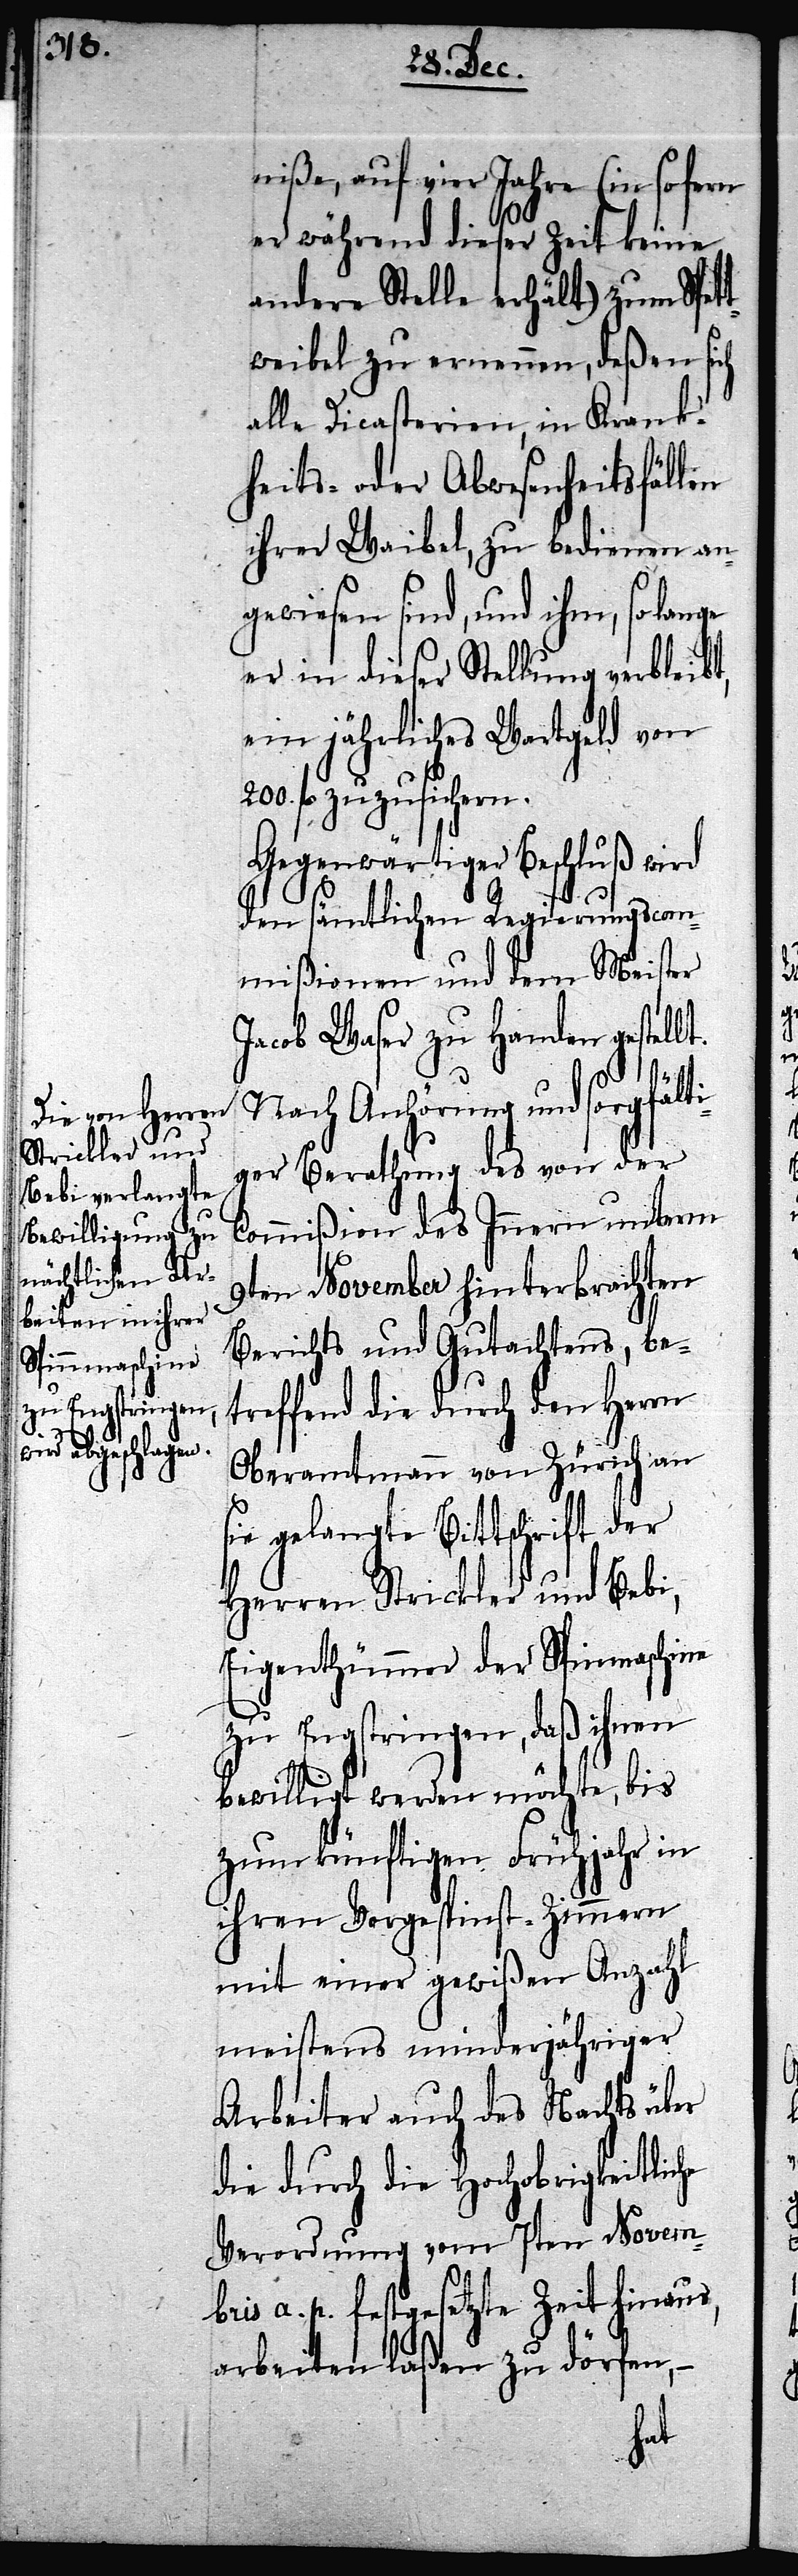
200.

niße, auf vier Jahre (in so fern
er während dieser Zeit keine
andere Stelle erhält) zum Spet¬
tweibel zu ernennen, deßen sich
alle Dicasterien, in Krank¬
heits- oder Abwesenheitsfällen
ihrer Waibel, zu bedienen an¬
gewiesen sind, und ihm, so lange
er in dieser Stellung verbleibt,
ein jährliches Wartgeld von
fl. zuzusichern.
Gegenwärtiger Beschluß wird
den sämtlichen Regierungscom¬
mißionen und dem Meister
Jacob Waser zu Handen gestellt.
Nach Anhörung und sorgfälti¬
ger Berathung des von der
Commißion des Innern unterm
9ten November hinterbrachten
Berichts und Gutachtens, be¬
treffend die durch den Herrn
Oberamtmann von Zürich an
sie gelangte Bittschrift der
Herren Strickler und Bebi,
Eigenthümmer der Spinnmaschine
zu Engstringen, daß ihnen
bewilligt werden möchte, bis
zum künftigen Frühjahr in
ihren Vorgespinnst-Zimmern
mit einer gewißen Anzahl
meistens minderjähriger
Arbeiter auch des Nachts über
die durch die Hochobrigkeitliche
Verordnung vom 7ten Novembr¬
is a. p. festgesetzte Zeit hinaus,
arbeiten laßen zu dörfen,